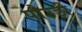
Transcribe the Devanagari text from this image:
पौउड़ी